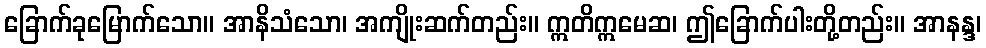
ခြောက်ခုမြောက်သော။ အာနိသံသော၊ အကျိုးဆက်တည်း။ ဣတိဣမေဆ၊ ဤခြောက်ပါးတို့တည်း။ အာနန္ဒ၊